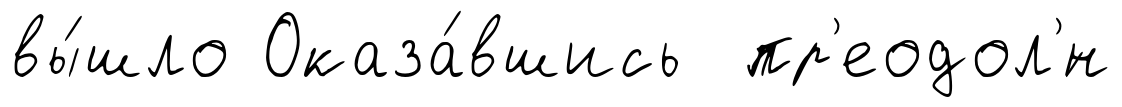
вы́шло Оказа́вшись пр'еодол'́н